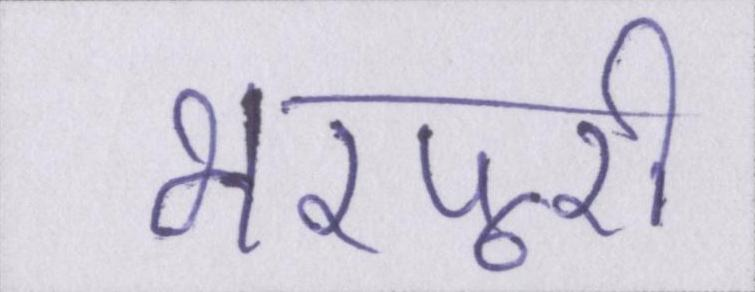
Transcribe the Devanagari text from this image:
भरपूरी